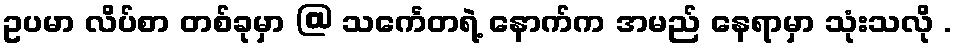
ဥပမာ လိပ်စာ တစ်ခုမှာ @ သင်္ကေတရဲ့ နောက်က အမည် နေရာမှာ သုံးသလို .